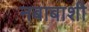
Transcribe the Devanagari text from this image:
नबाबाशी